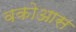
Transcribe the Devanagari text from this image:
वकोआस